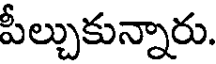
పీల్చుకున్నారు.